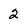
Character: 2